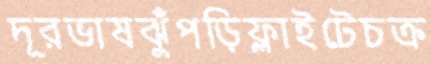
দূরভাষঝুঁপড়িফ্লাইটেচক্র